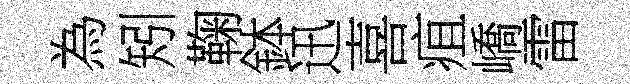
為矧鞠鉢迅喜疽嶠雷